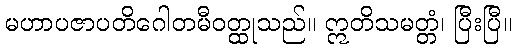
မဟာပဇာပတိဂေါတမီဝတ္ထုသည်။ ဣတိသမတ္တံ၊ ပြီးပြီ။